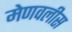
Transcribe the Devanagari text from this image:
मेणवलीस